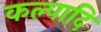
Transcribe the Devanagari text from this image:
कल्पादि